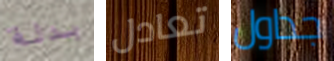
بدلة تعادل جداول